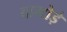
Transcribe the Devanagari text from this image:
दाभोड़े